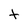
Character: t